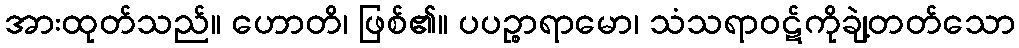
အားထုတ်သည်။ ဟောတိ၊ ဖြစ်၏။ ပပဉ္စာရာမော၊ သံသရာဝဋ်ကိုချဲ့တတ်သော